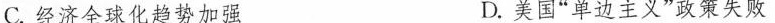
C.经济全球化趋势加强 D.美国”单边主义”政策失败